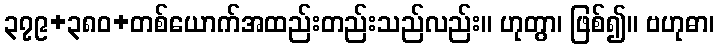
၃၇၉+၃၈၀+တစ်ယောက်အထည်းတည်းသည်လည်း။ ဟုတွာ၊ ဖြစ်၍။ ဗဟုဓာ၊